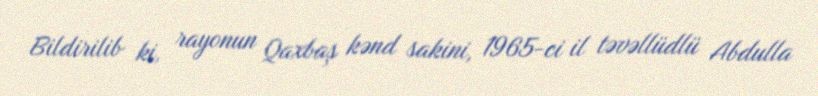
Bildirilib ki, rayonun Qaxbaş kənd sakini, 1965-ci il təvəllüdlü Abdulla